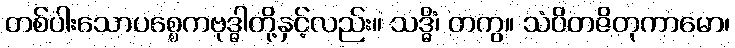
တစ်ပါးသောပစ္စေကဗုဒ္ဓါတို့နှင့်လည်း။ သဒ္ဓိံ၊ တကွ။ သံဝိတဇိတုကာမော၊